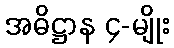
အဓိဋ္ဌာန ၄-မျိုး